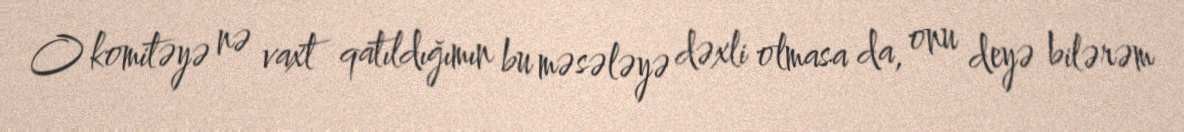
O komitəyə nə vaxt qatıldığımın bu məsələyə dəxli olmasa da, onu deyə bilərəm